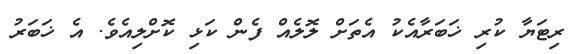
ރިޓަޔާ ކުރި ޚަބަރާއެކު އެތަށް ލޮލެއް ފެން ކަޅި ކޮށްލިއެވެ. އެ ޚަބަރު